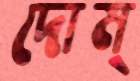
দোম্